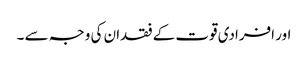
اور افرادی قوت کے فقدان کی وجہ سے ۔